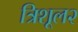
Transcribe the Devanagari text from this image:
त्रिशूल२